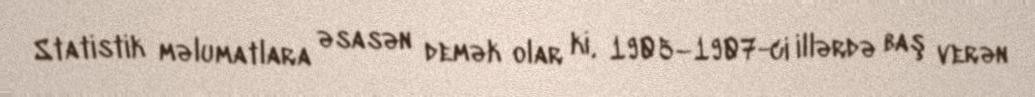
Statistik məlumatlara əsasən demək olar ki, 1905–1907-ci illərdə baş verən